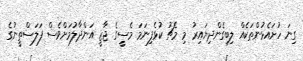
ގިނަ ހުށައެޅުންތަކެއް ލިބިގެންދިޔައިރު މި މެޗު ކުޅެފިނަމަ މެސީގެ ޖާޒީ އަންދާލުމަށްވެސް ފަލަސްތީނުގެ